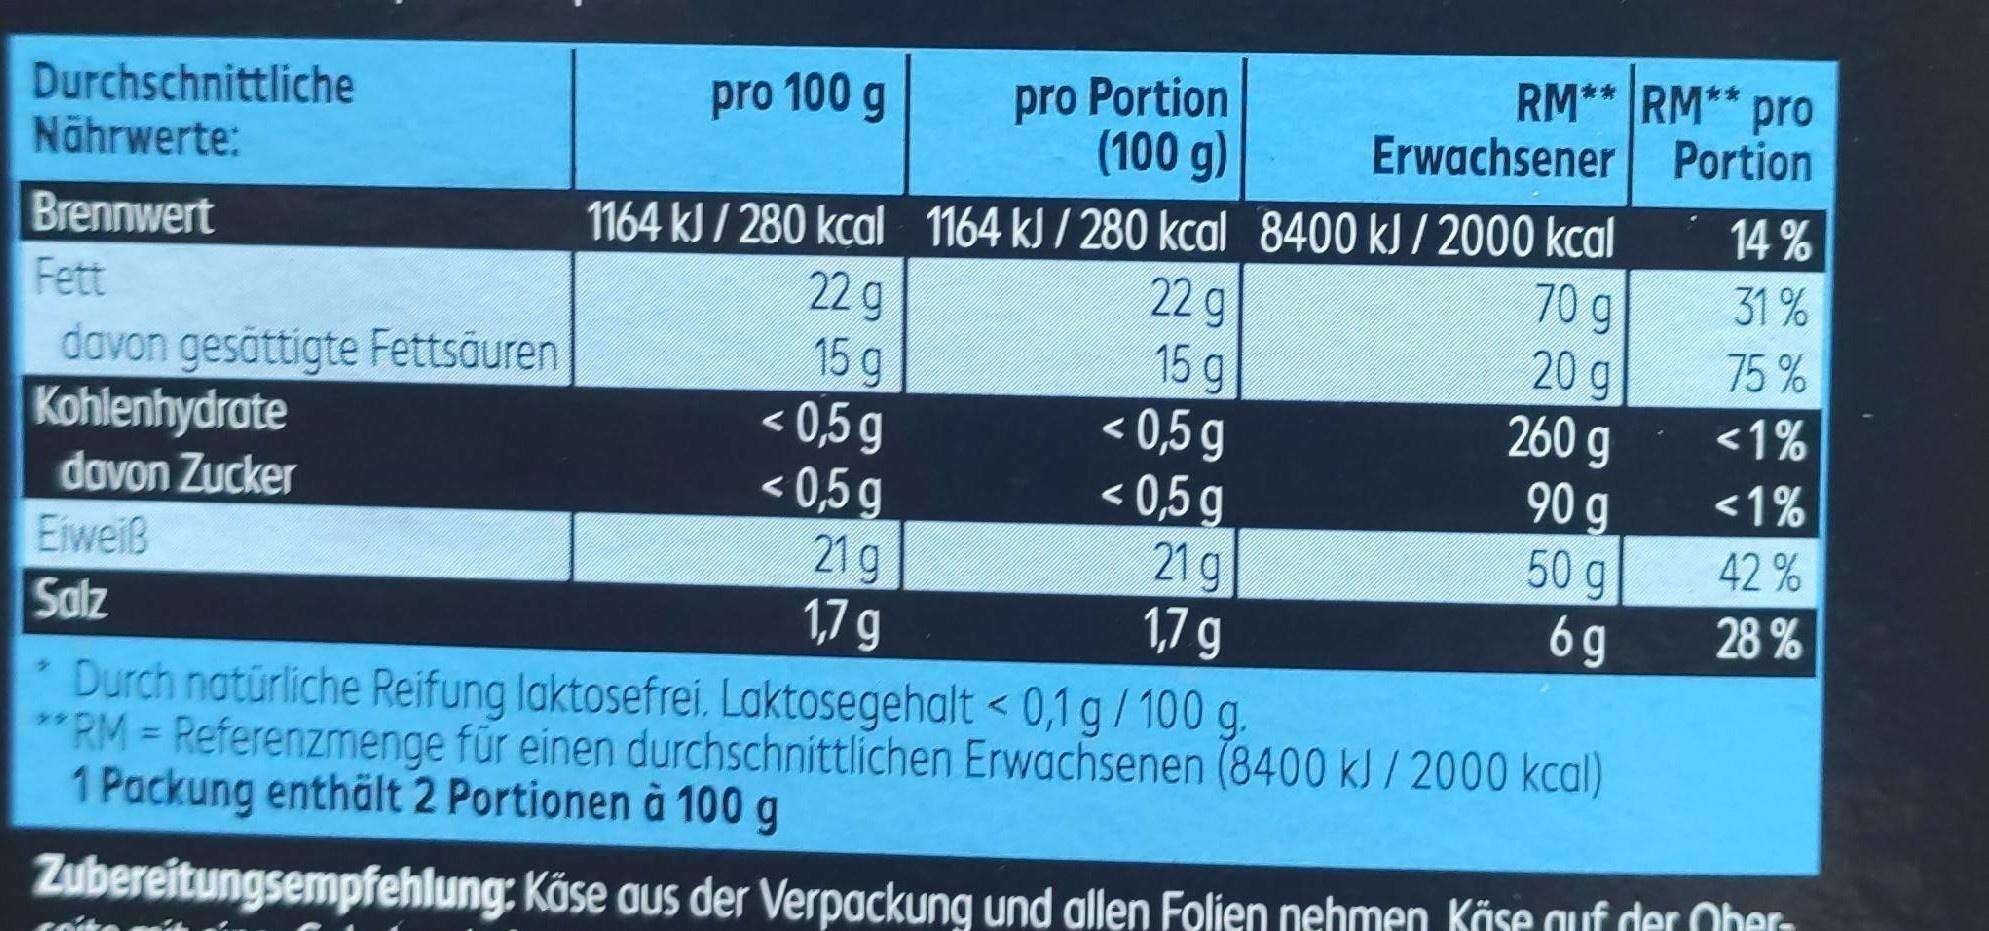
pro Portion (100 g)
RM** RM** pro Erwachsener Portion
pro 100 g
Durchschnittliche Nährwerte:
1164 kJ / 280 kcal 1164 kJ / 280 kcal 8400 kJ / 2000 kcal 22g
14 %
Brennwert
70g
31 %
22g
Fett
75 %
davon gesättigte Fettsäuren Kohlenhydrate davon Zucker Eiweiß
15 g < 0,5g < 0,5g 21g 1,7 g
15 g < 0,5 g < 0,5 g 21g 1,7 g
20g 260 g 90 g 50g
<1%
<1%
42 %
6g
28 %
Salz
* Durch natürliche Reifung laktosefrei. Laktosegehalt < 0,1g/ 100 g. RM=Referenzmenge für einen durchschnittlichen Erwachsenen (8400 kJ / 2000 kcal) 1 Packung enthält 2 Portionen à 100 g
%3D
Zubereitungsempfehlung: Käse aus der Verpackung und allen Folien nehmen Köse auf der Oher